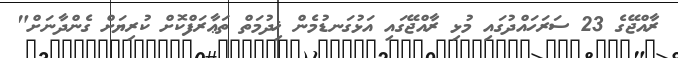
ރާއްޖޭގެ 23 ސަރަހައްދުގައި މުޅި ރާއްޖޭގައި އަޅުގަނޑުމެން ޚިދުމަތް ތަޢާރަފްކޮށް ކުރިޔަށް ގެންދާނަށް"